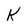
Character: K